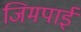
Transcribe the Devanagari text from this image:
जिमपाई